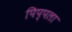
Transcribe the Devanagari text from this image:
पिप्पला